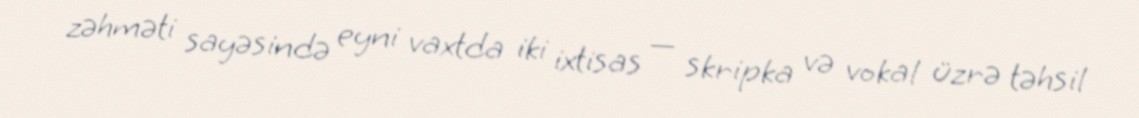
zəhməti sayəsində eyni vaxtda iki ixtisas — skripka və vokal üzrə təhsil